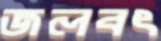
জলবৎ